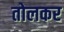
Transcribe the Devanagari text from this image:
तोलकर